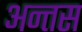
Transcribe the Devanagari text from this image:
अन्तस